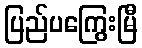
ပြည်ပကြွေးမြီ